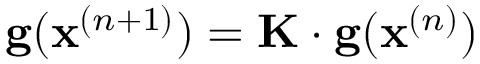
\mathbf { g } ( \mathbf { x } ^ { ( n + 1 ) } ) = \mathbf { K } \cdot \mathbf { g } ( \mathbf { x } ^ { ( n ) } )